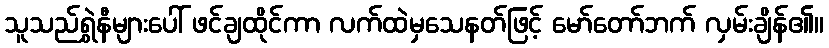
သူသည်ရွှဲနီများပေါ် ဖင်ချထိုင်ကာ လက်ထဲမှသေနတ်ဖြင့် မော်တော်ဘက် လှမ်းချိန်၏။